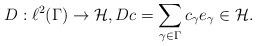
LaTeX: \begin{align*}D: \ell^2(\Gamma) \to \mathcal{H}, D c = \sum_{\gamma \in \Gamma} c_\gamma e_\gamma \in \mathcal{H}.\end{align*}